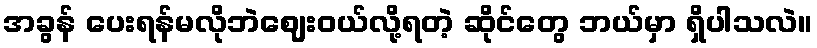
အခွန် ပေးရန်မလိုဘဲဈေးဝယ်လို့ရတဲ့ ဆိုင်တွေ ဘယ်မှာ ရှိပါသလဲ။